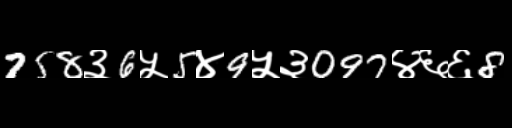
Text: 758३6५5४9५३097४६६8